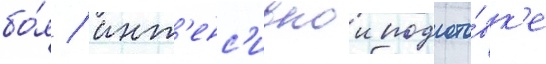
бо́я / инт'енс'ивнои подгото́вк'е